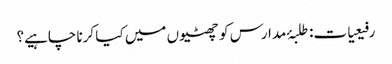
رفیعیات: طلبۂ مدارس کو چھٹیوں میں کیا کرنا چاہیے؟